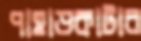
পাহাড়কাটার